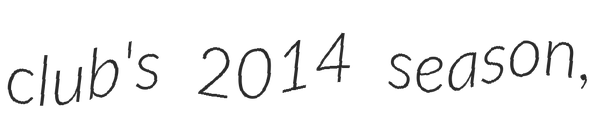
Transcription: club's 2014 season,